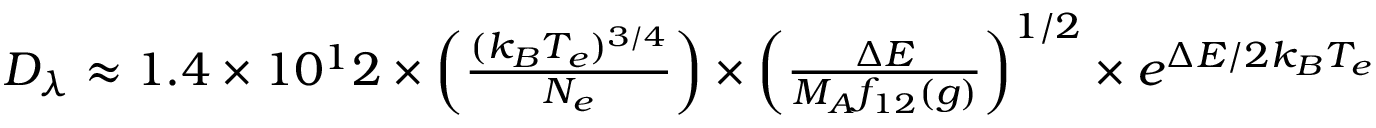
\begin{array} { r } { D _ { \lambda } \approx 1 . 4 \times 1 0 ^ { 1 } 2 \times \left( \frac { ( k _ { B } T _ { e } ) ^ { 3 / 4 } } { N _ { e } } \right) \times \left( \frac { \Delta E } { M _ { A } f _ { 1 2 } ( g ) } \right) ^ { 1 / 2 } \times e ^ { \Delta E / 2 k _ { B } T _ { e } } } \end{array}